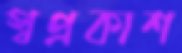
স্বপ্রকাশ